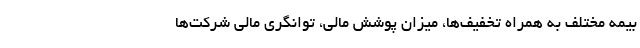
بیمه مختلف به همراه تخفیف‌ها، میزان پوشش مالی، توانگری مالی شرکت‌ها